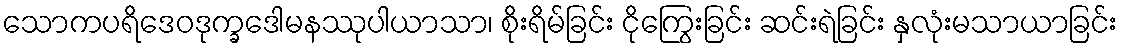
သောကပရိဒေဝဒုက္ခဒေါမနဿုပါယာသာ၊ စိုးရိမ်ခြင်း ငိုကြွေးခြင်း ဆင်းရဲခြင်း နှလုံးမသာယာခြင်း